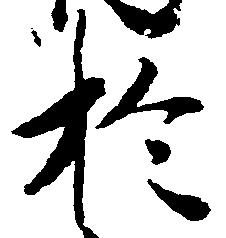
於